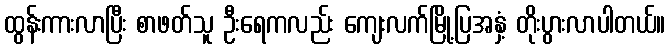
ထွန်းကားလာပြီး စာဖတ်သူ ဦးရေကလည်း ကျေးလက်မြို့ပြအနှံ့ တိုးပွားလာပါတယ်။